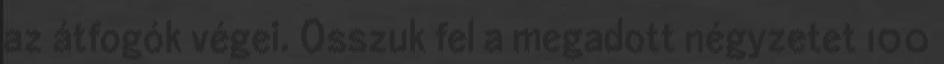
az átfogók végei. Osszuk fel a megadott négyzetet 100